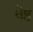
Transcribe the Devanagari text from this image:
वैष्ठ